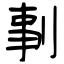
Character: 剚